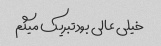
خیلی عالی بودتبریک میگم